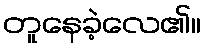
တူနေခဲ့လေ၏။